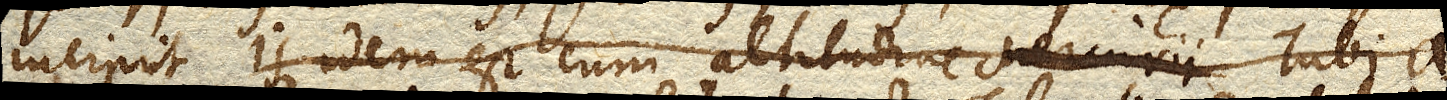
incipit. Is idem est cum altitudine Mercurii Tubi a.